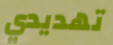
تهديدي